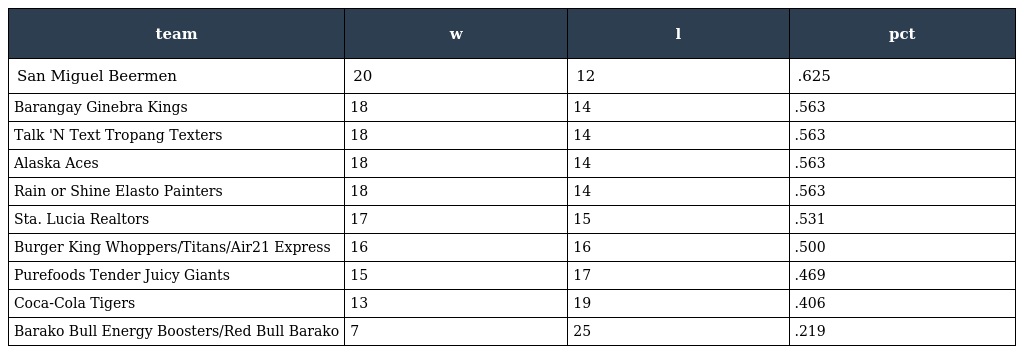
| team | w | l | pct |
 | --- | --- | --- | --- |
 | San Miguel Beermen | 20 | 12 | .625 |
 | Barangay Ginebra Kings | 18 | 14 | .563 |
 | Talk 'N Text Tropang Texters | 18 | 14 | .563 |
 | Alaska Aces | 18 | 14 | .563 |
 | Rain or Shine Elasto Painters | 18 | 14 | .563 |
 | Sta. Lucia Realtors | 17 | 15 | .531 |
 | Burger King Whoppers/Titans/Air21 Express | 16 | 16 | .500 |
 | Purefoods Tender Juicy Giants | 15 | 17 | .469 |
 | Coca-Cola Tigers | 13 | 19 | .406 |
 | Barako Bull Energy Boosters/Red Bull Barako | 7 | 25 | .219 |